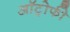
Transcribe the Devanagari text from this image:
ऑट्रोफी